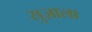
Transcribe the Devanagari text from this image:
सुज़ाला